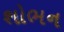
શોભન